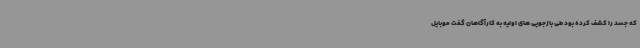
که جسد را کشف کرده بود طی بازجویی های اولیه به کارآگاهان گفت موبایل